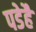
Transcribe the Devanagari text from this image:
पडेहै